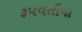
રૂપવતીના